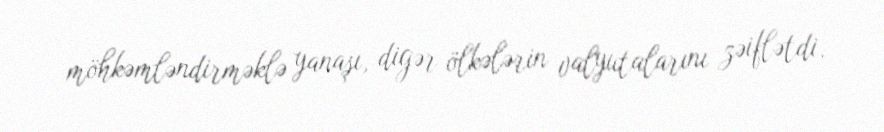
möhkəmləndirməklə yanaşı, digər ölkələrin valyutalarını zəiflətdi.